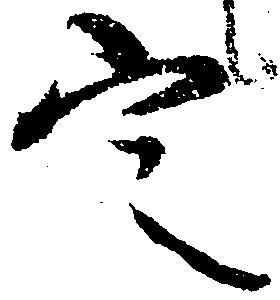
定